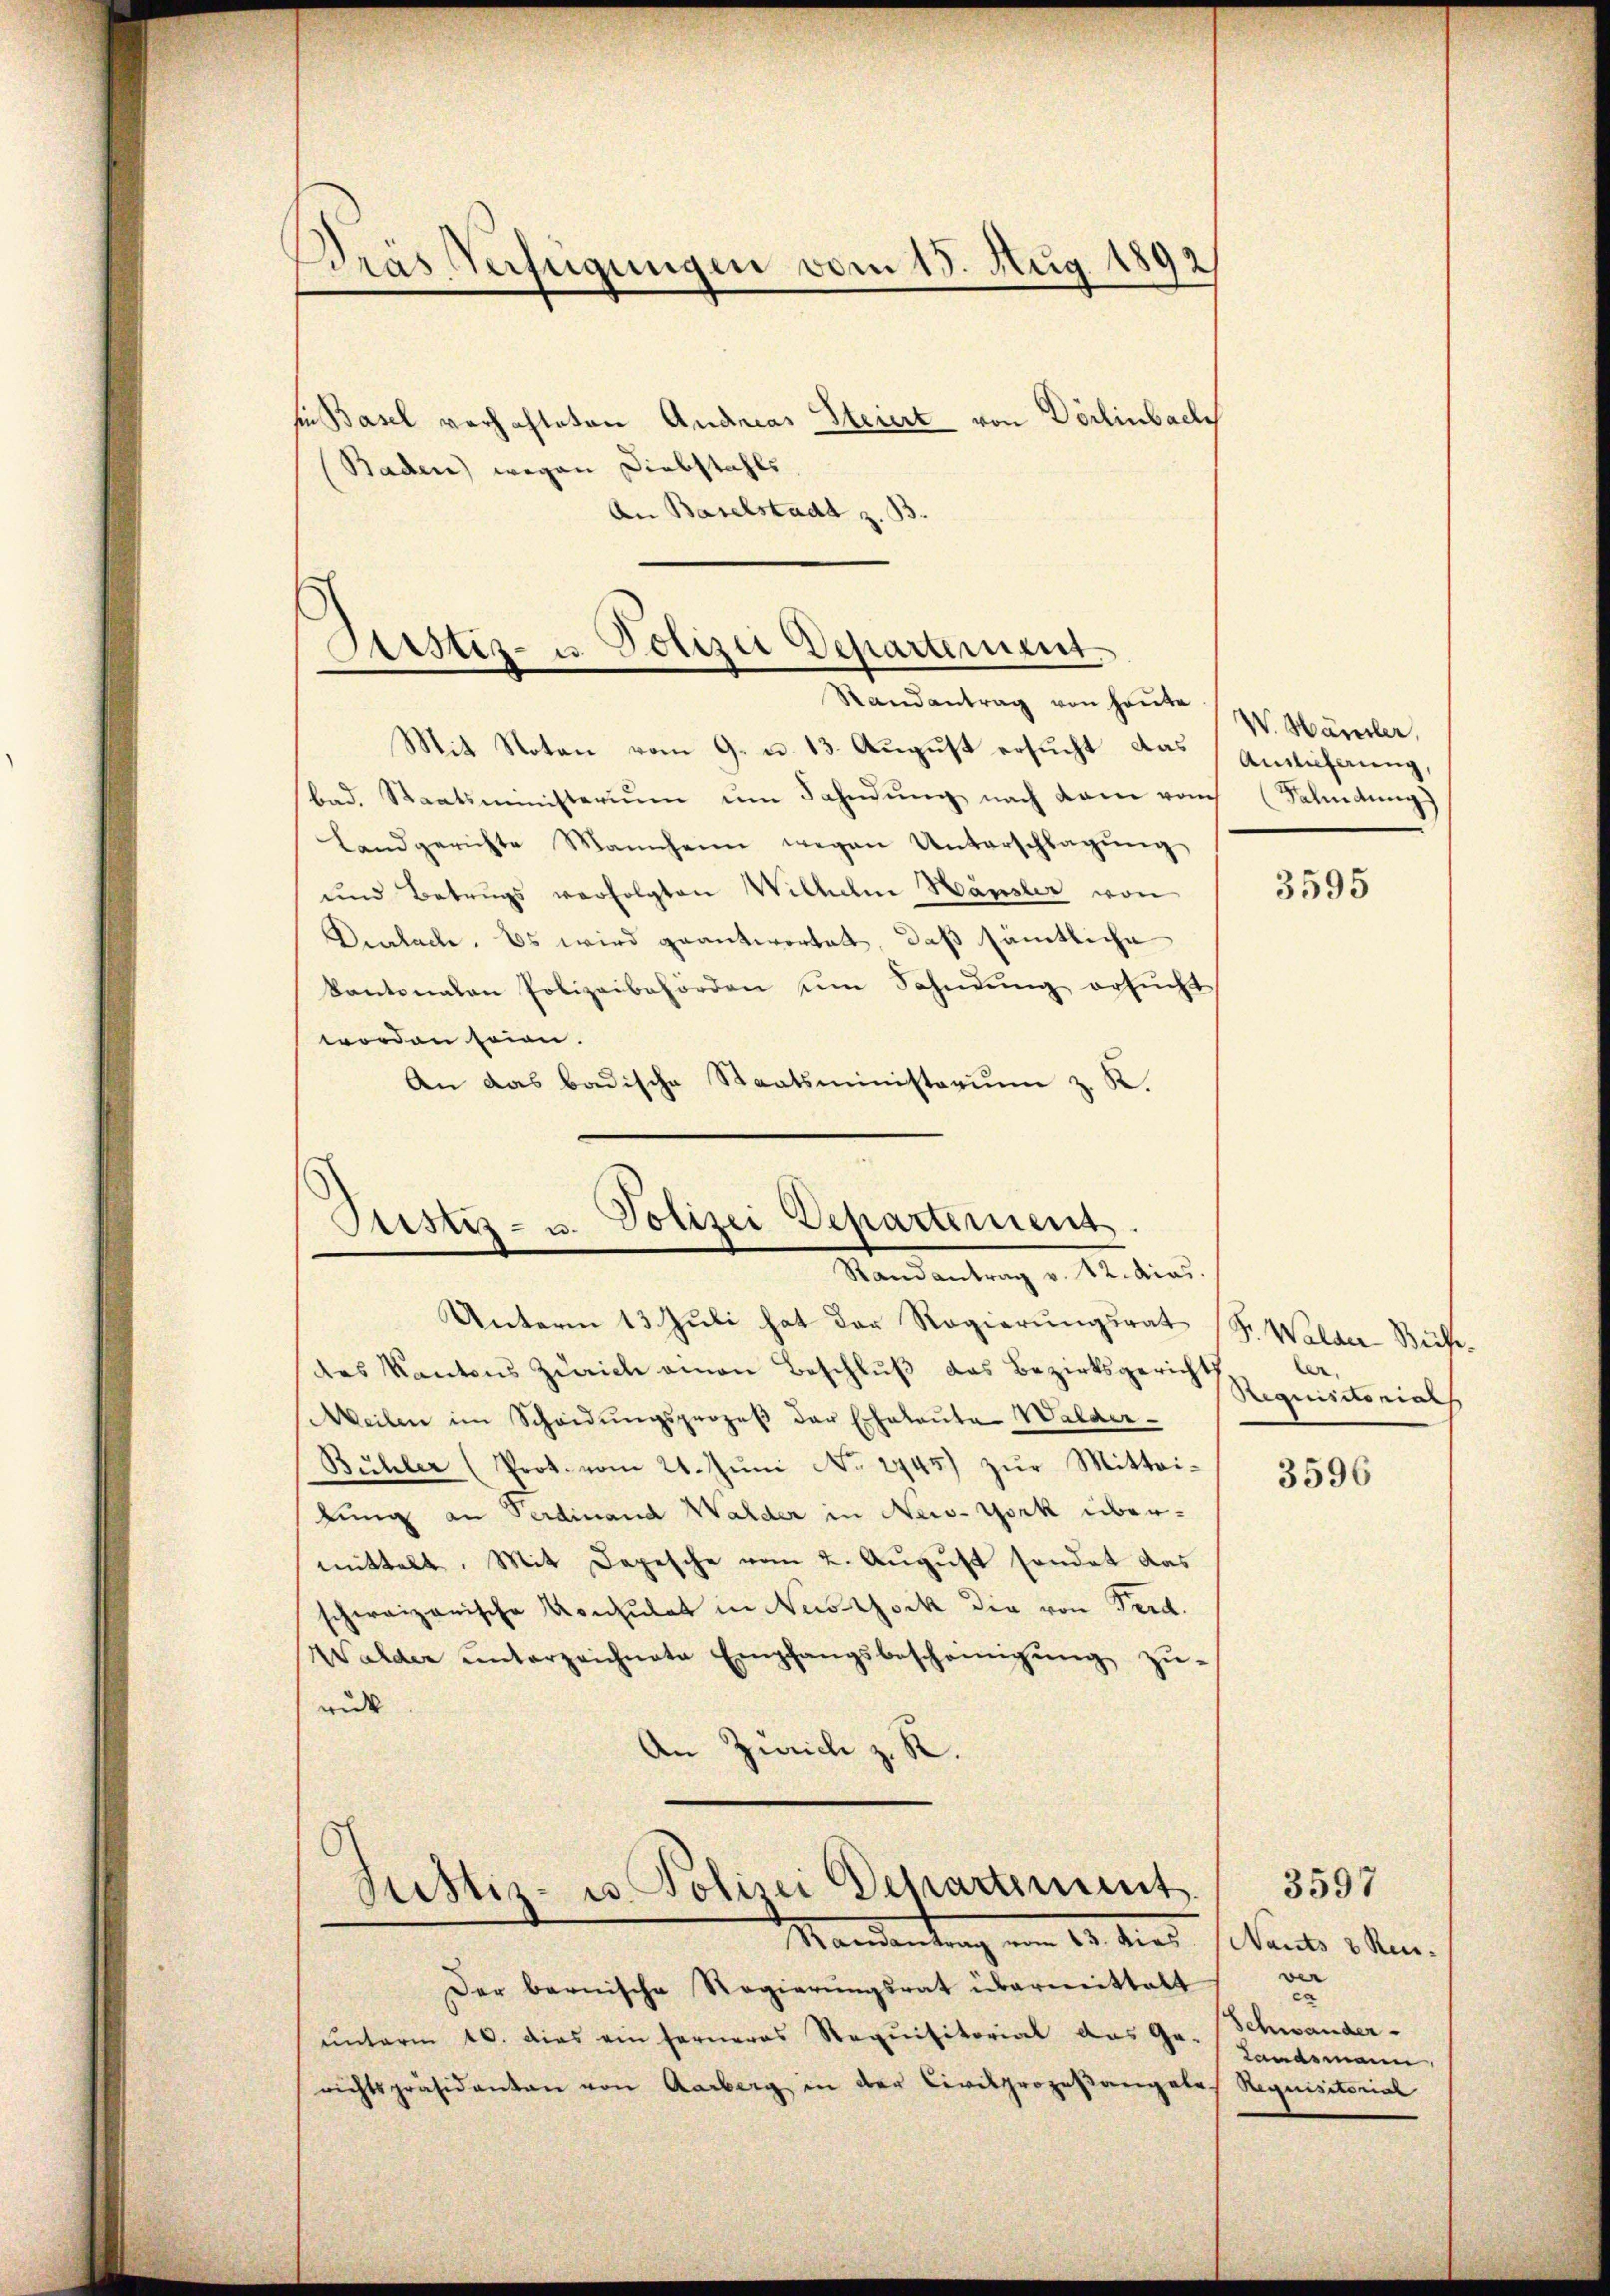
Dras Verfügungen vom 15. Aug. 1892
e

sien Basel vorhalteten Andreas Steiert von Dörlinbach
Baden) wegen Diebstahls
An Baselstadt z. 33.

Sistiz- u. Polizei Departement
Randantrag von heute

Mit Noten vom 9. u. 13. August ersucht das Auslieferung,
bad. Staatsministeriŭm im Fahndŭng nach dem vom Salindung)
Landgerichte Mannheim wegen Unterschlagung
und Betrugs verfolgten Wilhelm Hänsler von
Delache. Es wird geantwortet, daß sämtliche
kantonalen Polizeibehörden um Sohndung ersucht
worden seien.
An das badische Staatsministerium z. K.

Justiz- u. Polizei Departement
Mandantrag v. M. dies

Unterm 13. Juli hat der Regierungsrat Dr. Walder- Becker
des Kantons Zürich einen Beschluß das Bezirksgerichshistorials
Weilen im Scheidŭngsprozeβ der Echalaŭte Walder-
Bühler (Prot. vom 21. Jŭni No 2745) zŭr Mittei-
lung an Ferdinand Walder in New-York übermittelt. Mit Depesche vom 2. August sondet das
schweizerische Konsulat in Nestock die von Ferd.
Walder unterzeichnete Empfangsbescheinigung zu-
ruk
An Zürich z. R.

Justiz- u. Polizei Departement
Mandantung vom 19. dies. Pauls 3 Mon.

Der bernische Regierungsrat übermeistatt
unterm 10. dies ein ferneres Requisitorial das Gr. Schwander-
richtspräsidanten von Aarberg in der Civilprozeßangele-

W. Hänsler,

3595

e

3596

3597
ver
ca
Landsmann.
Requisitoriat